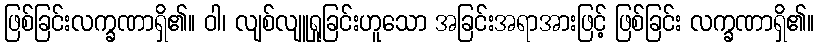
ဖြစ်ခြင်းလက္ခဏာရှိ၏။ ဝါ၊ လျစ်လျူရှုခြင်းဟူသော အခြင်းအရာအားဖြင့် ဖြစ်ခြင်း လက္ခဏာရှိ၏။